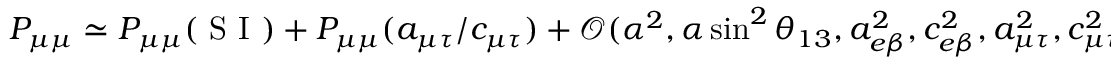
\begin{array} { r } { P _ { \mu \mu } \simeq P _ { \mu \mu } ( \mathrm { ~ S ~ I ~ } ) + P _ { \mu \mu } ( \ensuremath { a _ { \mu \tau } } / \ensuremath { c _ { \mu \tau } } ) + \mathcal { O } ( \alpha ^ { 2 } , \alpha \sin ^ { 2 } \theta _ { 1 3 } , a _ { e \beta } ^ { 2 } , c _ { e \beta } ^ { 2 } , a _ { \mu \tau } ^ { 2 } , c _ { \mu \tau } ^ { 2 } ) , \, \, \, \, \, \, \, \beta = \mu , \tau . } \end{array}